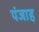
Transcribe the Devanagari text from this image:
पंजाह